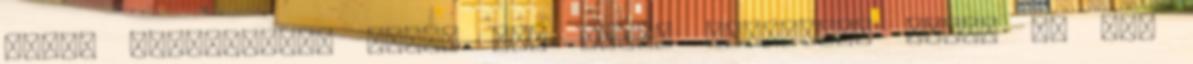
egyik legszentebb hindu nö- vény. Állítólag „soha el nem